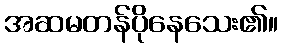
အဆမတန်ပိုနေသေး၏။